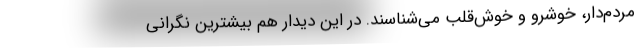
مردم‌دار، خوشرو و خوش‌قلب می‌شناسند. در این دیدار هم بیشترین نگرانی